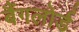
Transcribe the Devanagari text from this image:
बैंगलोर्ड